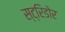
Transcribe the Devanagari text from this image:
स्ट्रिडोर